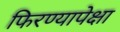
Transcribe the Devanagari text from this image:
फिरण्यापेक्षा